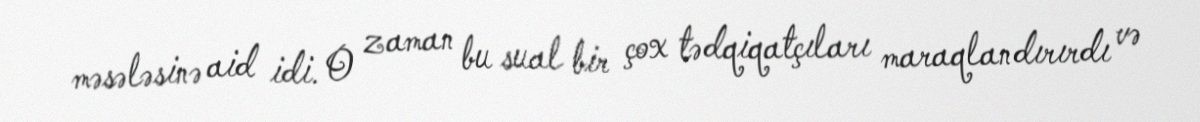
məsələsinə aid idi. O zaman bu sual bir çox tədqiqatçıları maraqlandırırdı və